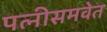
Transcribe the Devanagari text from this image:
पत्नीसमवेत